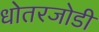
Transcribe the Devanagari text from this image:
धोतरजोडी